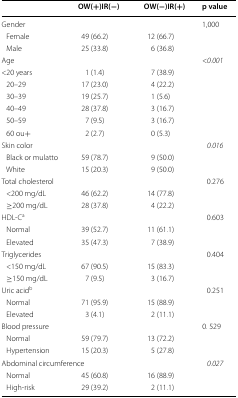
<table><thead><tr><td></td><td><b>OW(+)IR(−)</b></td><td><b>OW(−)IR(+)</b></td><td><b>p value</b></td></tr></thead><tbody><tr><td colspan="3">Gender</td><td>1,000</td></tr><tr><td> Female</td><td>49 (66.2)</td><td>12 (66.7)</td><td></td></tr><tr><td> Male</td><td>25 (33.8)</td><td>6 (36.8)</td><td></td></tr><tr><td colspan="3">Age</td><td>&lt;<i>0.001</i></td></tr><tr><td>&lt;20 years</td><td>1 (1.4)</td><td>7 (38.9)</td><td></td></tr><tr><td> 20–29</td><td>17 (23.0)</td><td>4 (22.2)</td><td></td></tr><tr><td> 30–39</td><td>19 (25.7)</td><td>1 (5.6)</td><td></td></tr><tr><td> 40–49</td><td>28 (37.8)</td><td>3 (16.7)</td><td></td></tr><tr><td> 50–59</td><td>7 (9.5)</td><td>3 (16.7)</td><td></td></tr><tr><td> 60 ou+</td><td>2 (2.7)</td><td>0 (5.3)</td><td></td></tr><tr><td colspan="3">Skin color</td><td><i>0.016</i></td></tr><tr><td> Black or mulatto</td><td>59 (78.7)</td><td>9 (50.0)</td><td></td></tr><tr><td> White</td><td>15 (20.3)</td><td>9 (50.0)</td><td></td></tr><tr><td colspan="3">Total cholesterol</td><td>0.276</td></tr><tr><td> &lt;200 mg/dL</td><td>46 (62.2)</td><td>14 (77.8)</td><td></td></tr><tr><td> ≥200 mg/dL</td><td>28 (37.8)</td><td>4 (22.2)</td><td></td></tr><tr><td colspan="3">HDL-C<sup>a</sup></td><td>0.603</td></tr><tr><td> Normal</td><td>39 (52.7)</td><td>11 (61.1)</td><td></td></tr><tr><td> Elevated</td><td>35 (47.3)</td><td>7 (38.9)</td><td></td></tr><tr><td colspan="3">Triglycerides</td><td>0.404</td></tr><tr><td> &lt;150 mg/dL</td><td>67 (90.5)</td><td>15 (83.3)</td><td></td></tr><tr><td> ≥150 mg/dL</td><td>7 (9.5)</td><td>3 (16.7)</td><td></td></tr><tr><td colspan="3">Uric acid<sup>b</sup></td><td>0.251</td></tr><tr><td> Normal</td><td>71 (95.9)</td><td>15 (88.9)</td><td></td></tr><tr><td> Elevated</td><td>3 (4.1)</td><td>2 (11.1)</td><td></td></tr><tr><td colspan="3">Blood pressure</td><td>0. 529</td></tr><tr><td> Normal</td><td>59 (79.7)</td><td>13 (72.2)</td><td></td></tr><tr><td> Hypertension</td><td>15 (20.3)</td><td>5 (27.8)</td><td></td></tr><tr><td colspan="3">Abdominal circumference</td><td><i>0.027</i></td></tr><tr><td> Normal</td><td>45 (60.8)</td><td>16 (88.9)</td><td></td></tr><tr><td> High-risk</td><td>29 (39.2)</td><td>2 (11.1)</td><td></td></tr></tbody></table>